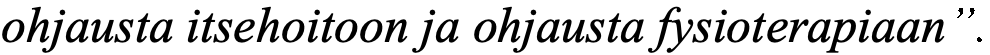
ohjausta itsehoitoon ja ohjausta fysioterapiaan”.